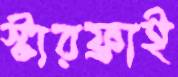
স্টারফ্রাই